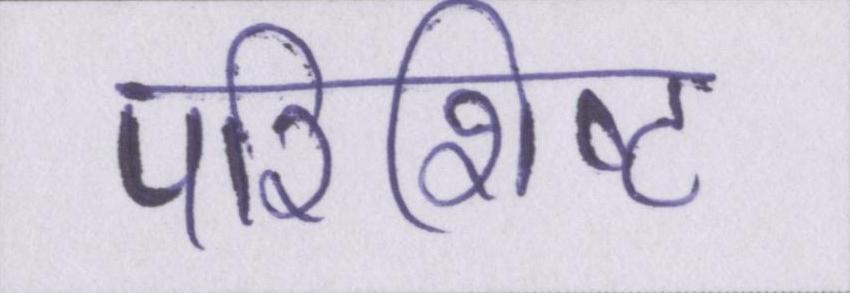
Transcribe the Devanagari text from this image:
परिशिष्ट